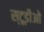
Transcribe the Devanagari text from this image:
स्टूडीओ